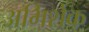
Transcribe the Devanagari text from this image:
अभिशेक